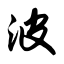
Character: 波